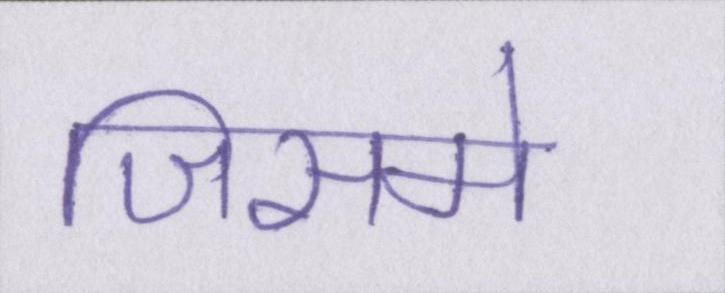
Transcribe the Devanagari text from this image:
जिसमे